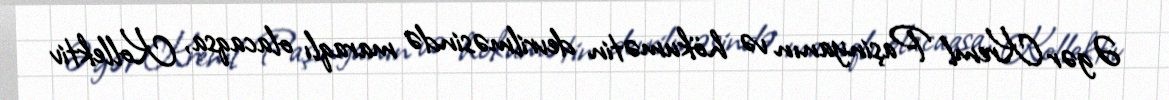
Əgər Kreml Paşinyanın və hökumətin devrilməsində maraqlı olacaqsa, Kollektiv